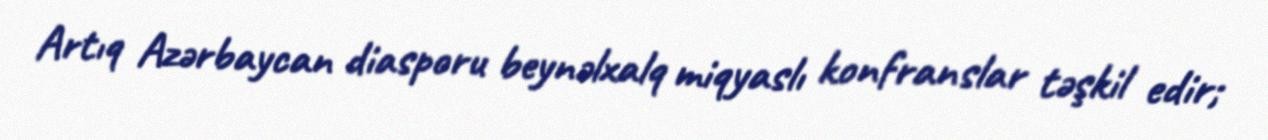
Artıq Azərbaycan diasporu beynəlxalq miqyaslı konfranslar təşkil edir;